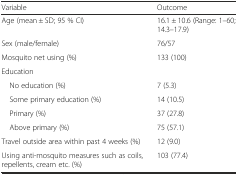
<table><thead><tr><td><b>Variable</b></td><td><b>Outcome</b></td></tr></thead><tbody><tr><td>Age (mean ± SD; 95 % CI)</td><td>16.1 ± 10.6 (Range: 1–60; 14.3–17.9)</td></tr><tr><td>Sex (male/female)</td><td>76/57</td></tr><tr><td>Mosquito net using (%)</td><td>133 (100)</td></tr><tr><td>Education</td><td></td></tr><tr><td> No education (%)</td><td>7 (5.3)</td></tr><tr><td> Some primary education (%)</td><td>14 (10.5)</td></tr><tr><td> Primary (%)</td><td>37 (27.8)</td></tr><tr><td> Above primary (%)</td><td>75 (57.1)</td></tr><tr><td>Travel outside area within past 4 weeks (%)</td><td>12 (9.0)</td></tr><tr><td>Using anti-mosquito measures such as coils, repellents, cream etc. (%)</td><td>103 (77.4)</td></tr></tbody></table>